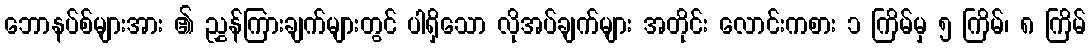
ဘောနပ်စ်များအား ၏ ညွှန်ကြားချက်များတွင် ပါရှိသော လိုအပ်ချက်များ အတိုင်း လောင်းကစား ၁ ကြိမ်မှ ၅ ကြိမ်၊ ၈ ကြိမ်